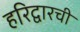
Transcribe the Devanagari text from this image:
हरिद्वारची